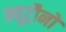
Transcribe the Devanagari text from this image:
न्यूट्रौनों